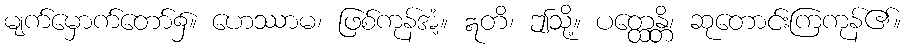
မျက်မှောက်တော်၌။ ဟေဿာမ၊ ဖြစ်ကုန်အံ့။ ဣတိ၊ ဤသို့။ ပတ္ထေန္တိ၊ ဆုတောင်းကြကုန်၏။